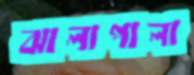
ঝালাপালা